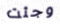
وجئت